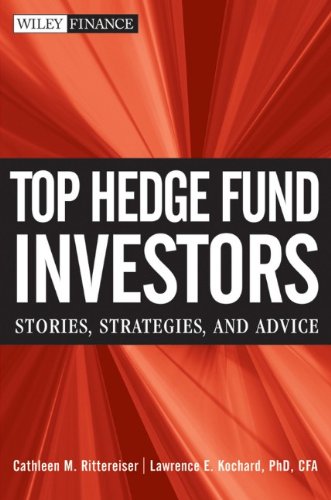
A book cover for Top Hedge Fund Investors: Stories, Strategies, and Advice; Cathleen M. Rittereiser; Business & Money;